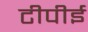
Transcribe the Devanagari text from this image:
टीपीई